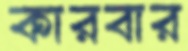
কারবার